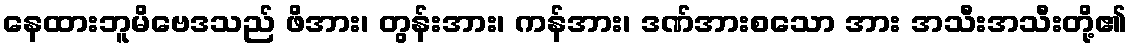
နေထားဘူမိဗေဒသည် ဖိအား၊ တွန်းအား၊ ကန်အား၊ ဒဏ်အားစသော အား အသီးအသီးတို့၏